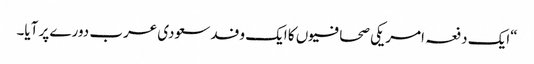
“ایک دفعہ امریکی صحافیوں کا ایک وفد سعودی عرب دورے پر آیا۔